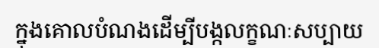
ក្នុងគោលបំណងដើម្បីបង្កលក្ខណៈសប្បាយ